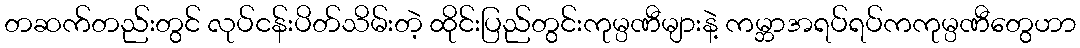
တဆက်တည်းတွင် လုပ်ငန်းပိတ်သိမ်းတဲ့ ထိုင်းပြည်တွင်းကုမ္ပဏီများနဲ့ ကမ္ဘာအရပ်ရပ်ကကုမ္ပဏီတွေဟာ